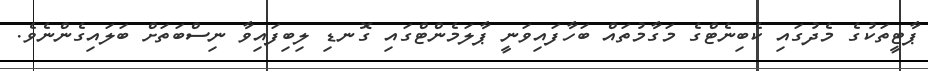
ޕާޓީތަކުގެ މެދުގައި ކެބިނެޓްގެ މަގާމުތައް ބަހާފައިވަނީ ޕާލަމެންޓްގައި ގޮނޑި ލިބިފައިވާ ނިސްބަތަށް ބަލައިގެންނެވެ.